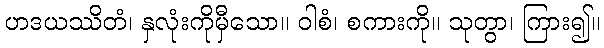
ဟဒယဿိတံ၊ နှလုံးကိုမှီသော။ ဝါစံ၊ စကားကို။ သုတွာ၊ ကြား၍။